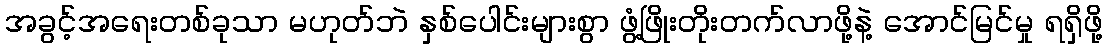
အခွင့်အရေးတစ်ခုသာ မဟုတ်ဘဲ နှစ်ပေါင်းများစွာ ဖွံ့ဖြိုးတိုးတက်လာဖို့နဲ့ အောင်မြင်မှု ရရှိဖို့